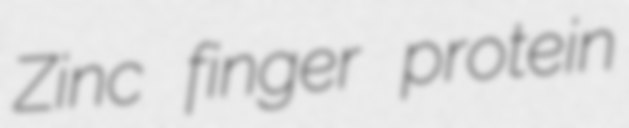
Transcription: Zinc finger protein